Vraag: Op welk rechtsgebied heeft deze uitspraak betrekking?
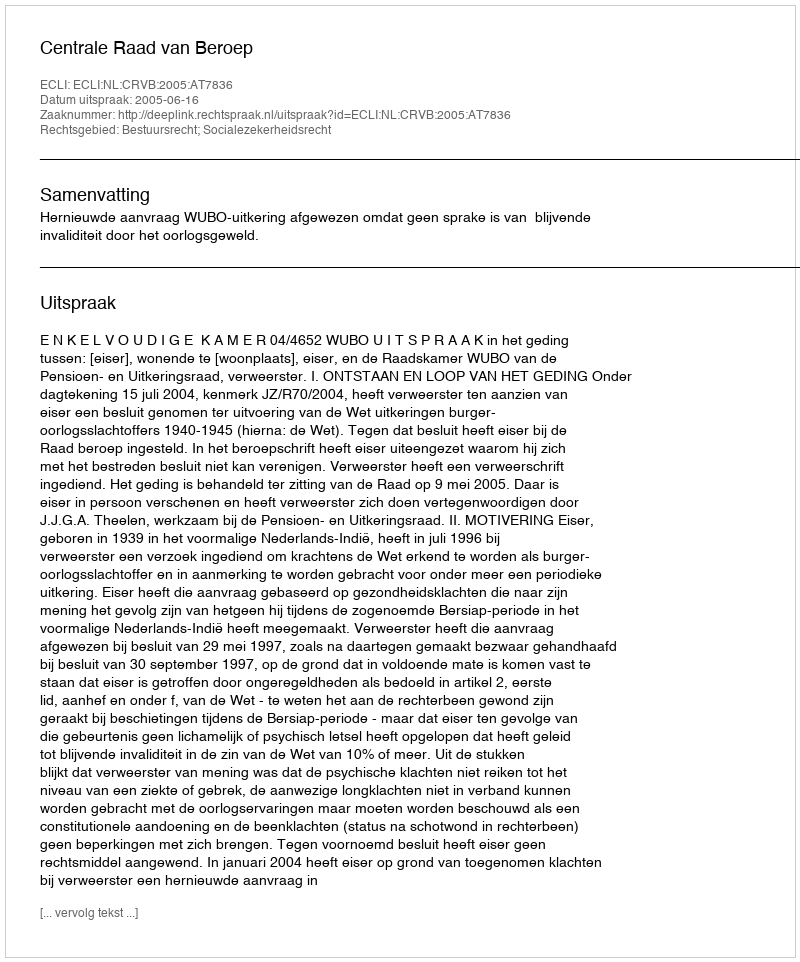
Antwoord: Bestuursrecht; Socialezekerheidsrecht